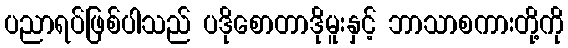
ပညာရပ်ဖြစ်ပါသည် ပဒိုစောတာဒိုမူးနှင့် ဘာသာစကားတို့ကို